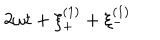
2 \omega t + \xi _ { + } ^ { ( 1 ) } + \xi _ { - } ^ { ( 1 ) }